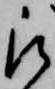
被